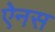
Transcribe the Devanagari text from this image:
ऐनस